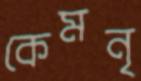
কেমনৃ